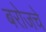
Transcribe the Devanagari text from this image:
बरोजचे